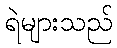
ရဲများသည်